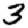
Digit: 3